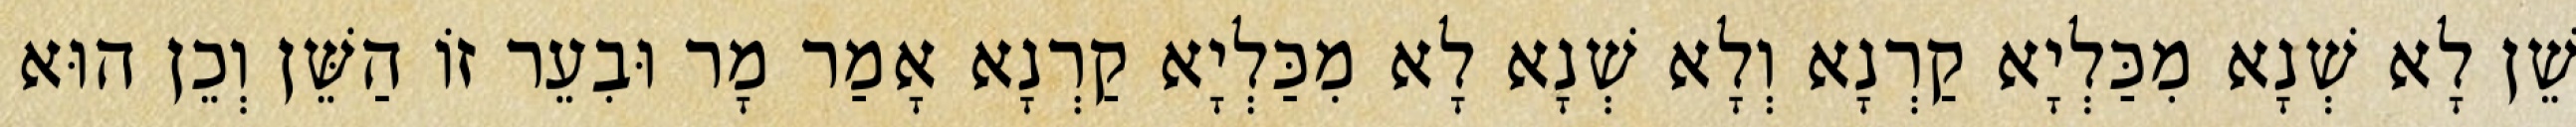
שֵׁן לָא שְׁנָא מִכַּלְיָא קַרְנָא וְלָא שְׁנָא לָא מִכַּלְיָא קַרְנָא אָמַר מָר וּבִעֵר זוֹ הַשֵּׁן וְכֵן הוּא